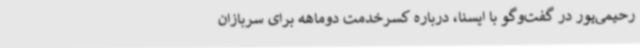
رحیمی‌پور در گفت‌وگو با ایسنا، درباره کسرخدمت‌ دوماهه برای سربازان